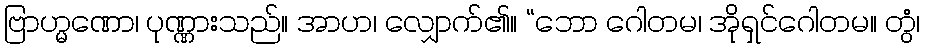
ဗြာဟ္မဏော၊ ပုဏ္ဏားသည်။ အာဟ၊ လျှောက်၏။ “ဘော ဂေါတမ၊ အိုရှင်ဂေါတမ။ တွံ၊